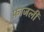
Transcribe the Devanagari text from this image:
फ़ाजली